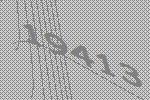
19413